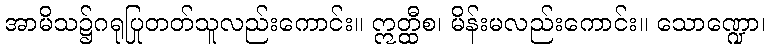
အာမိသ၌ဂရုပြုတတ်သူလည်းကောင်း။ ဣတ္ထီစ၊ မိန်းမလည်းကောင်း။ သောဏ္ဍော၊